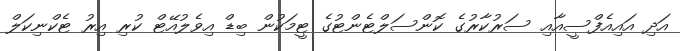
އަދި އައިއެފްސީއާއި ސަރުކާރުގެ ކޮންސަލްޓެންޓުގެ ޓީމަކުން ބިޑް އިވެލުއޭޓް ކުރި އިރު ޓެކްނިކަލް